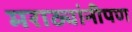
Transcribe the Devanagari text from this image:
मराठ्यांनीपण